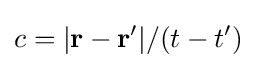
c=|\mathbf {r} -\mathbf {r} '|/(t-t')